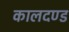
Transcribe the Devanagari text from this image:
कालदण्ड